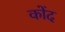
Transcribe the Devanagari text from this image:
कोंद